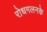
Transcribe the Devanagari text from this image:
रोधगलनके